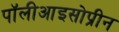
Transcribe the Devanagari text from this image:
पॉलीआइसोप्रीन